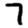
Digit: 7